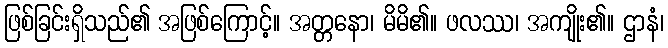
ဖြစ်ခြင်းရှိသည်၏ အဖြစ်ကြောင့်။ အတ္တနော၊ မိမိ၏။ ဖလဿ၊ အကျိုး၏။ ဌာနံ၊